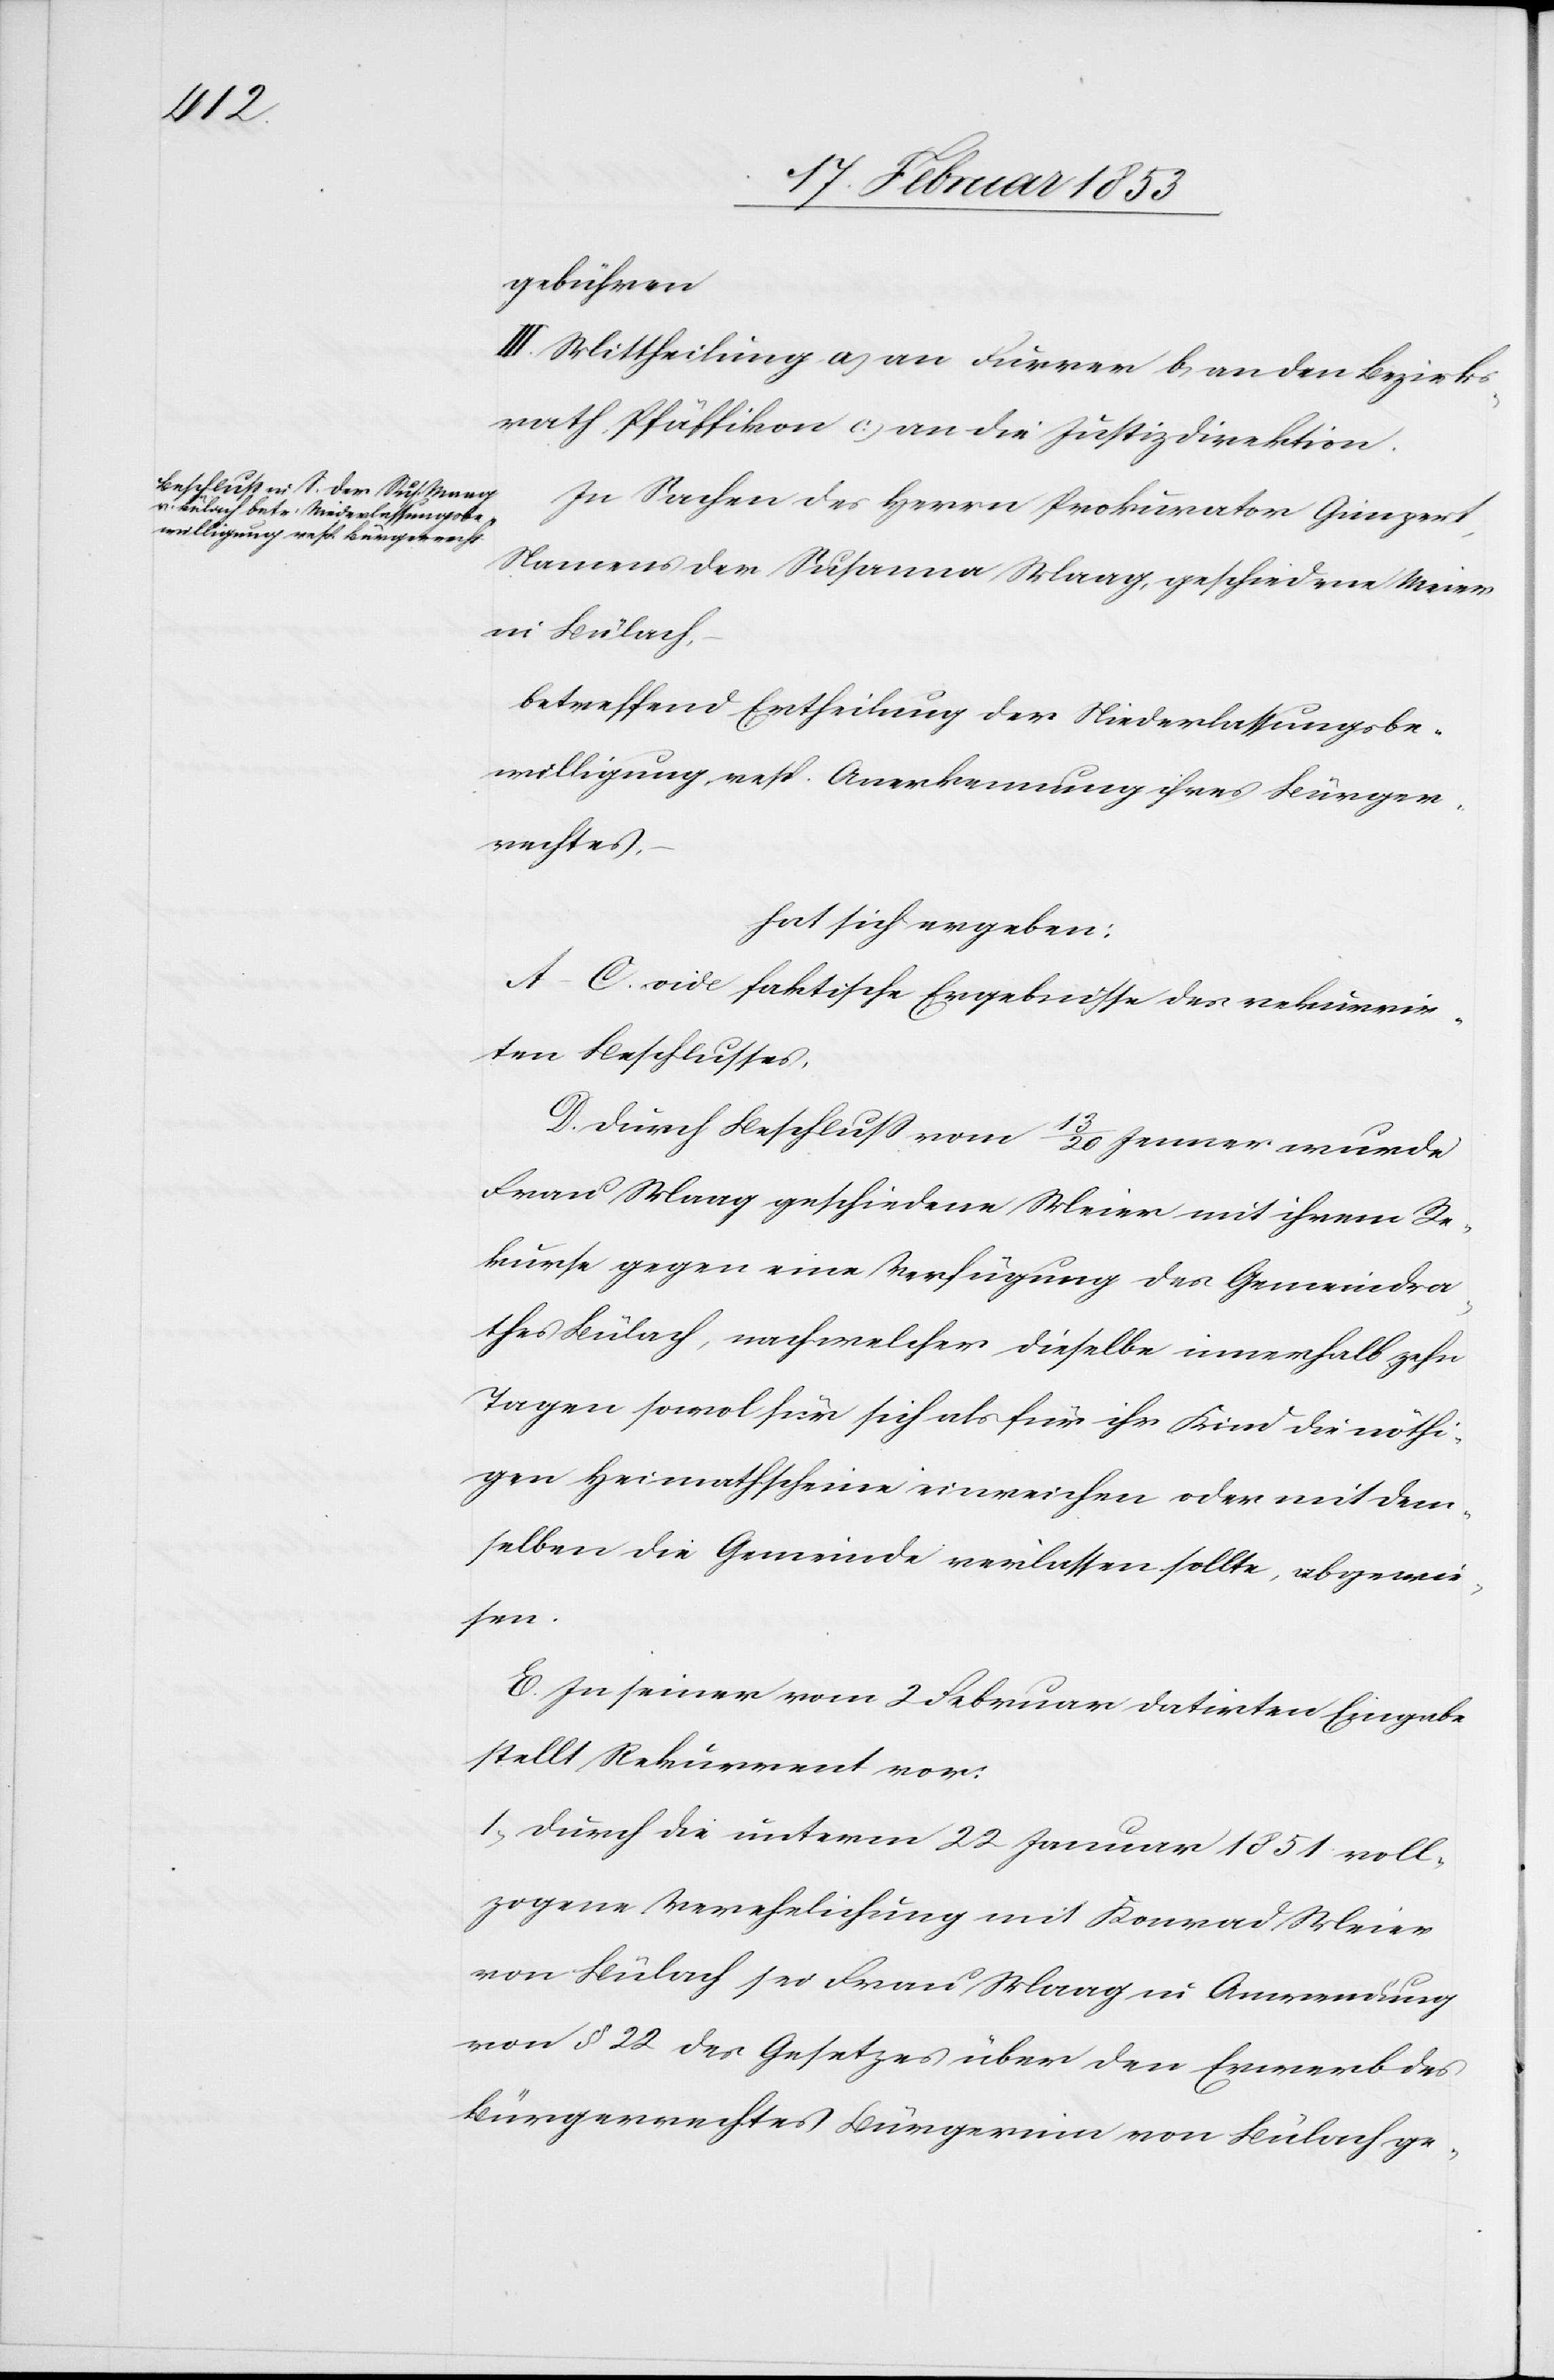
gebühren
III. Mittheilung a, an Furrer b, an den Bezirks¬
rath Pfäffikon c, an die Justizdirektion.
In Sachen des Herrn Prokurator Gimpert,
Namens der Susanna Maag, geschiedene Meier
in Bülach,
betreffend Ertheilung der Niederlaßungsbe¬
willigung resp. Anerkennung ihres Bürger¬
rechtes,
hat sich ergeben:
A–C. vide faktische Ergebnisse des rekurrir¬
ten Beschlusses,
D. durch Beschluß vom 13/20 Jenner wurde
Frau Maag geschiedene Meier mit ihrem Re¬
kurse gegen eine Verfügung des Gemeindra¬
thes Bülach, nach welcher dieselbe innerhalb zehn
Tagen sowol [sic!] für sich als für ihr Kind die nöthi¬
gen Heimathscheine einreichen oder mit dem¬
selben die Gemeinde verlassen sollte, abgewie¬
sen.
E. In seiner vom 2 Februar datirten Eingabe
stellt Rekurrent vor:
1, durch die unterm 22 Januar 1851 voll¬
zogene Verehelichung mit Konrad Meier
von Bülach sei Frau Maag in Anwendung
von § 22 des Gesetzes über den Erwerb des
Bürgerrechtes Bürgerinn von Bülach ge-